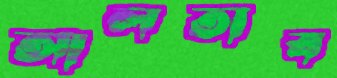
আলতাব